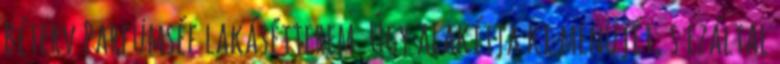
Béterv Parfümséf lakásétterem. Úgy alakítja ki menüjét, s ezáltal